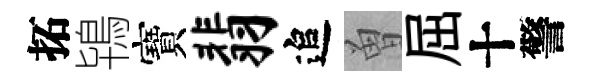
拓鴇寶翡追曽屈十警